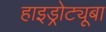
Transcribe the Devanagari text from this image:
हाइड्रोट्यूबा